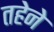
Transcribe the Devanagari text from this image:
तहेने